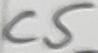
Text: C5